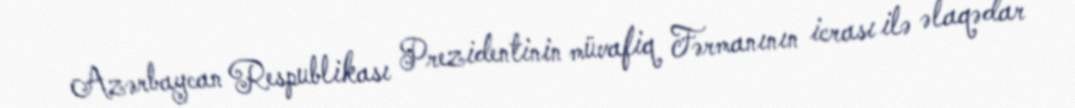
Azərbaycan Respublikası Prezidentinin müvafiq Fərmanının icrası ilə əlaqədar